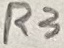
Text: R3